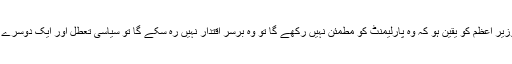
سیاسی معاملات میں اگر اسٹبلشمنٹ دخیل نہ ہو اور اگر وزیر اعظم کو یقین ہو کہ وہ پارلیمنٹ کو مطمئن نہیں رکھے گا تو وہ برسر اقتدار نہیں رہ سکے گا تو سیاسی تعطل اور ایک دوسرے سے بیزاری کی موجودہ صورت کبھی پیدا نہیں ہوسکتی۔